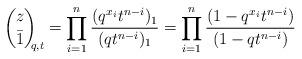
LaTeX: \begin{align*}\binom{z}{\bar 1}_{\!\!\!q,t} =\prod_{i=1}^n \dfrac{ ( q^{x_i}t^{n-i})_1 } { (qt^{n-i} )_{1}} = \prod_{i=1}^n \dfrac{(1-q^{x_i} t^{n-i} )}{(1-qt^{n-i} )} \end{align*}